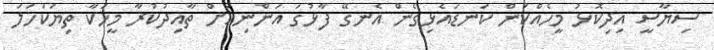
ސިޔާސީ އިދިކޮޅު މީހެއްކަން ކަނޑައެޅިގެން އެނގޭ ފާޅުގަ އަންނިއަށް ތާއިދުކުރާ މީހަކާ ތިޔަކަހަލަ